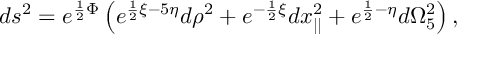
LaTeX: d s ^ { 2 } = e ^ { { \frac { 1 } { 2 } } \Phi } \left( e ^ { { \frac { 1 } { 2 } } \xi - 5 \eta } d \rho ^ { 2 } + e ^ { - { \frac { 1 } { 2 } } \xi } d x _ { | | } ^ { 2 } + e ^ { { \frac { 1 } { 2 } } - \eta } d \Omega _ { 5 } ^ { 2 } \right) ,